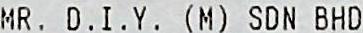
MR. D.I.Y. (M) SDN BHD